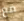
مع